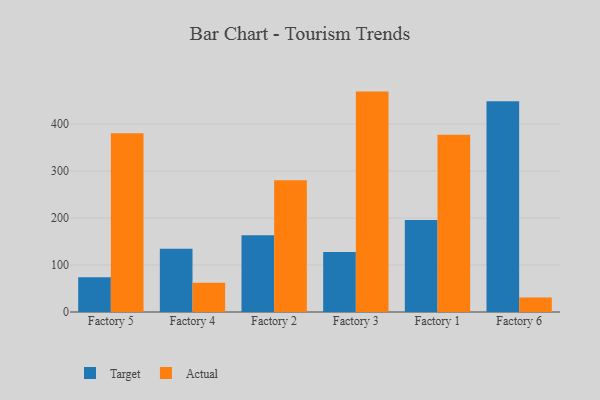
{"axis": {"x": "Factory", "y": "Shipments"}, "legend": ["Actual", "Target"], "data": [{"x": "Factory 5", "y": 74.2, "type": "Target"}, {"x": "Factory 5", "y": 380.4, "type": "Actual"}, {"x": "Factory 4", "y": 134.7, "type": "Target"}, {"x": "Factory 4", "y": 62.4, "type": "Actual"}, {"x": "Factory 2", "y": 163.4, "type": "Target"}, {"x": "Factory 2", "y": 280.3, "type": "Actual"}, {"x": "Factory 3", "y": 127.9, "type": "Target"}, {"x": "Factory 3", "y": 469.1, "type": "Actual"}, {"x": "Factory 1", "y": 195.8, "type": "Target"}, {"x": "Factory 1", "y": 377.1, "type": "Actual"}, {"x": "Factory 6", "y": 448.6, "type": "Target"}, {"x": "Factory 6", "y": 30.6, "type": "Actual"}]}